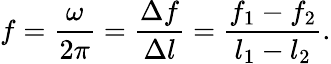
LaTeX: f=\frac{\omega}{2\pi}=\frac{\Delta f}{\Delta l}=\frac{f_{1}-f_{2}}{l_{1}-l_{2}}.